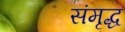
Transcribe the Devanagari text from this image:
संमृद्ध